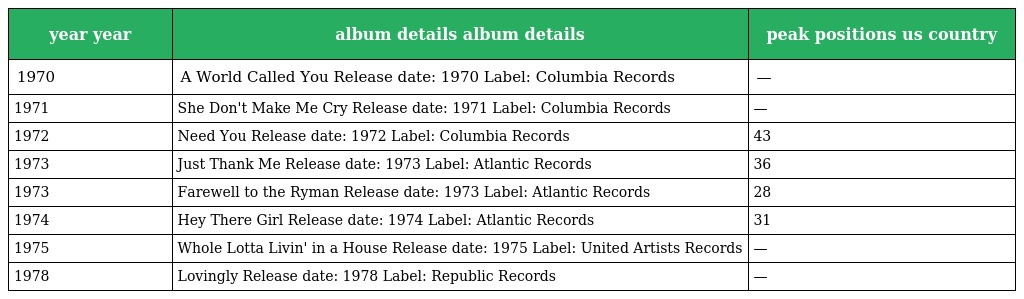
| year year | album details album details | peak positions us country |
 | --- | --- | --- |
 | 1970 | A World Called You Release date: 1970 Label: Columbia Records | — |
 | 1971 | She Don't Make Me Cry Release date: 1971 Label: Columbia Records | — |
 | 1972 | Need You Release date: 1972 Label: Columbia Records | 43 |
 | 1973 | Just Thank Me Release date: 1973 Label: Atlantic Records | 36 |
 | 1973 | Farewell to the Ryman Release date: 1973 Label: Atlantic Records | 28 |
 | 1974 | Hey There Girl Release date: 1974 Label: Atlantic Records | 31 |
 | 1975 | Whole Lotta Livin' in a House Release date: 1975 Label: United Artists Records | — |
 | 1978 | Lovingly Release date: 1978 Label: Republic Records | — |